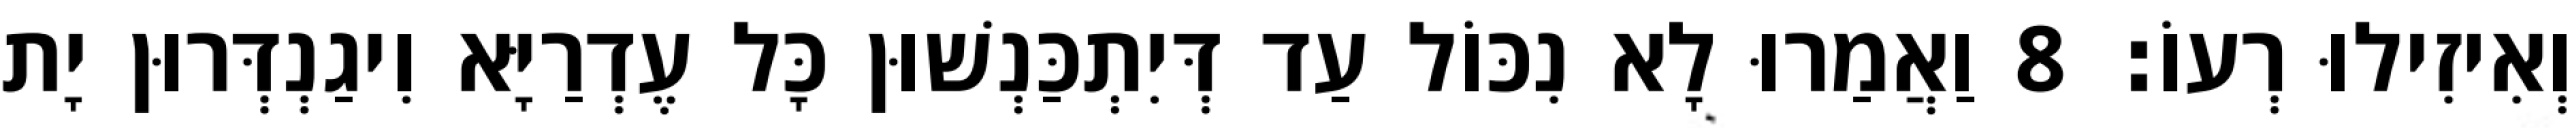
וְאִיזִילוּ רְעוֹ׃ 8 וַאֲמַרוּ לָא נִכּוֹל עַד דְּיִתְכַּנְשׁוּן כָּל עֶדְרַיָּא וִיגַנְדְּרוּן יָת